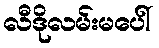
လီဒိုလမ်းမပေါ်